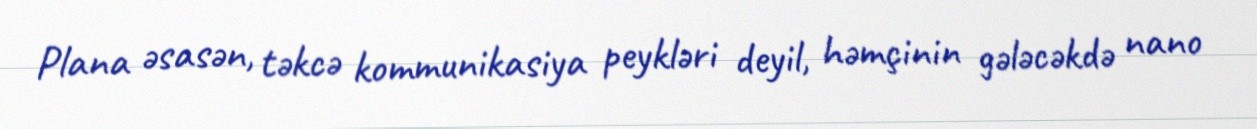
Plana əsasən, təkcə kommunikasiya peykləri deyil, həmçinin gələcəkdə nano